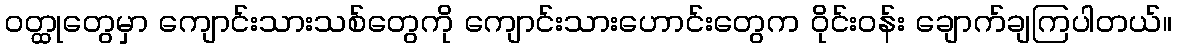
ဝတ္ထုတွေမှာ ကျောင်းသားသစ်တွေကို ကျောင်းသားဟောင်းတွေက ဝိုင်းဝန်း ချောက်ချကြပါတယ်။